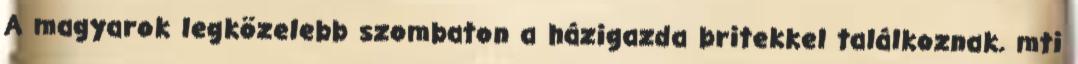
A magyarok legközelebb szombaton a házigazda britekkel találkoznak. mti